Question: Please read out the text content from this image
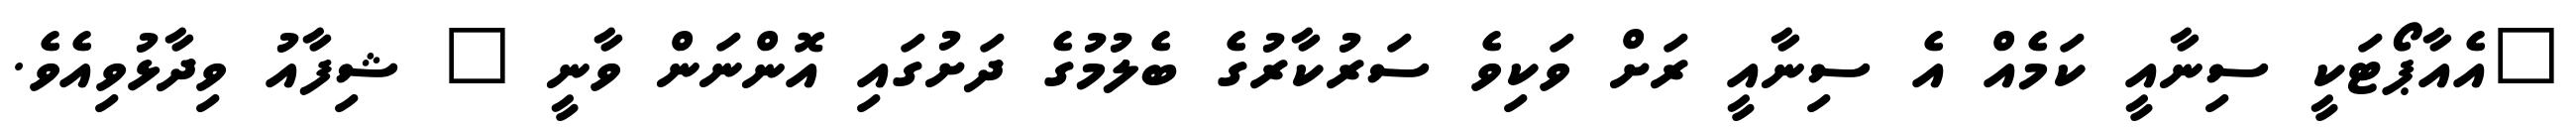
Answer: "އެއާޕޯޓަކީ ސިނާއީ ކަމެއް އެ ސިނާއީ ރަށް ވަކިވެ ސަރުކާރުގެ ބެލުމުގެ ދަށުގައި އޮންނަން ވާނީ " ޝިފާއު ވިދާޅުވިއެވެ.